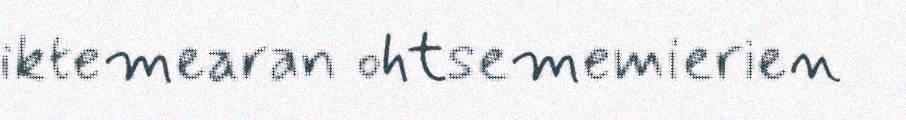
iktemearan ohtsememierien